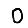
Digit: 0